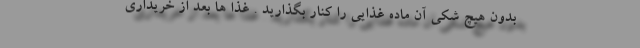
بدون هیچ شکی آن ماده غذایی را کنار بگذارید . غذا ها بعد از خریداری